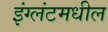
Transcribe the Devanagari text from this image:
इंग्लंटमधील